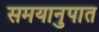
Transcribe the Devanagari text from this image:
समयानुपात